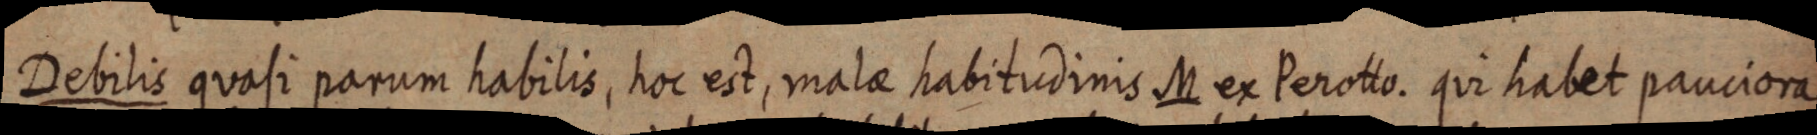
Debilis quasi parum habilis, hoc est, malae habitudinis M ex Perotto. qui habet pauciora